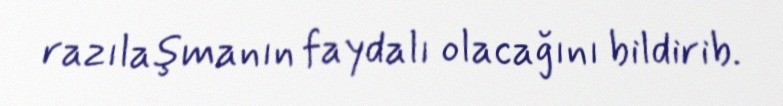
razılaşmanın faydalı olacağını bildirib.